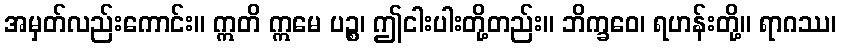
အမှတ်လည်းကောင်း။ ဣတိ ဣမေ ပဉ္စ၊ ဤငါးပါးတို့တည်း။ ဘိက္ခဝေ၊ ရဟန်းတို့။ ရာဂဿ၊